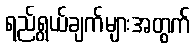
ရည်ရွယ်ချက်များအတွက်